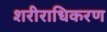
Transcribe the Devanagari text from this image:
शरीराधिकरण